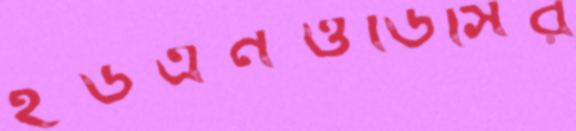
ইউএনওডিসির